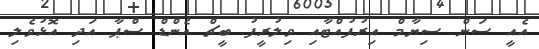
އެއީ ސަން ސިޔާމް އިރުފުއްޓާއި ވިލުރީފު ބީޗް އެންޑް ސްޕާ އަދި އޮޅުވެލި